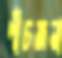
পাঁচজনা